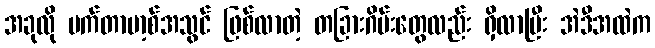
အခုလို မက်တာဗာ့စ်အသွင် ဖြစ်လာတဲ့ တခြားဂိမ်းတွေလည်း ရှိလာပြီး အဲဒီအထဲက